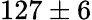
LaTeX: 127\pm 6